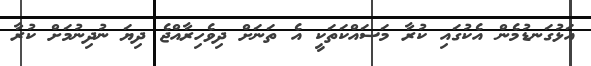
އަޅުގަނޑުމެން އެކުގައި ކުރާ މަސައްކަތަކީ އެ ތަނަށް ދިވެހިރާއްޖެ ދިޔަ ނުދިނުމަށް ކުރާ